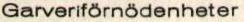
Garveriförnödenheter